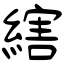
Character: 縖